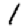
Digit: 1